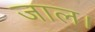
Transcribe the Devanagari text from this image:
जाल।